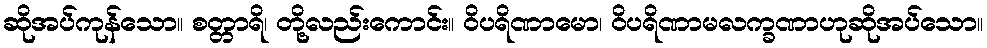
ဆိုအပ်ကုန်သော။ စတ္တာရိ၊ တို့လည်းကောင်း။ ဝိပရိဏာမော၊ ဝိပရိဏာမလက္ခဏာဟုဆိုအပ်သော။